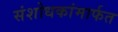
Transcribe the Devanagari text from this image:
संशोधकांमार्फत